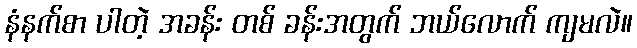
နံနက်စာ ပါတဲ့ အခန်း တစ် ခန်းအတွက် ဘယ်လောက် ကျမလဲ။